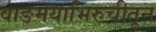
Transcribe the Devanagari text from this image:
वाङमयाभिरुचीतून